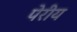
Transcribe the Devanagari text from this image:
पेरीय